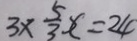
3 \times \frac { 5 } { 3 } x = 2 4